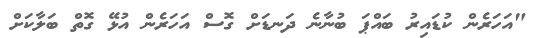
"އަހަރެން ކުޑައިރު ބައްޕަ ބުނާނެ ދަނޑަށް ގޮސް އަހަރެން އުޅޭ ގޮތް ބަލާކަށް